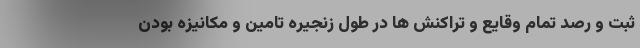
ثبت و رصد تمام وقایع و تراکنش ها در طول زنجیره تامین و مکانیزه بودن